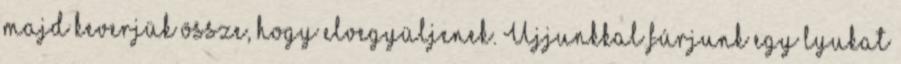
majd keverjük össze, hogy elvegyüljenek. Ujjunkkal fúrjunk egy lyukat